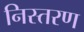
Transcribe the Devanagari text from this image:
निस्तरण